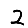
Digit: 2